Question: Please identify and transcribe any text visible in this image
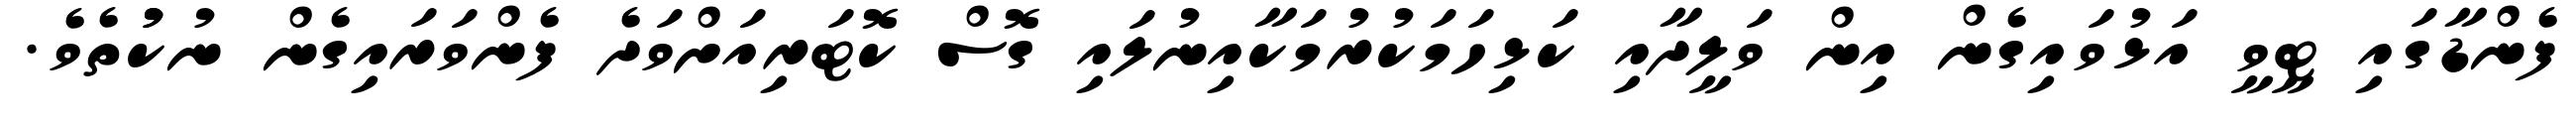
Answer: ފެންޑާގައި ޓީވީ އަޅުވައިގެން އިން ވަލީދާއި ކަޅިހަމަކުރުމަކާއިނުލައި ގޮސް ކޮޓަރިއަށްވަދެ ފެންވަރައިގެން ނުކުުތެވެ.